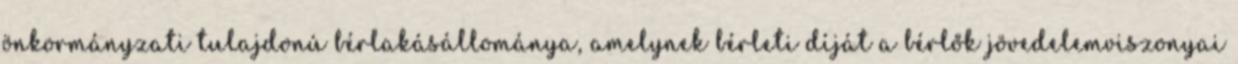
önkormányzati tulajdonú bérlakásállománya, amelynek bérleti díját a bérlők jövedelemviszonyai